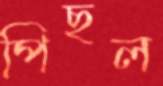
পিছল